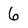
Character: 6